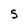
Character: S